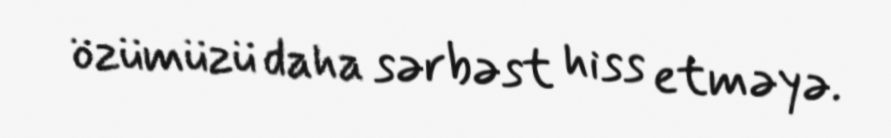
özümüzü daha sərbəst hiss etməyə.